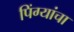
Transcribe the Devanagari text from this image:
पिंग्यांचा